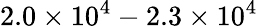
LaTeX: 2.0\times 10^{4}-2.3\times 10^{4}